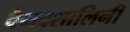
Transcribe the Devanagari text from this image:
वैभवशालिनी